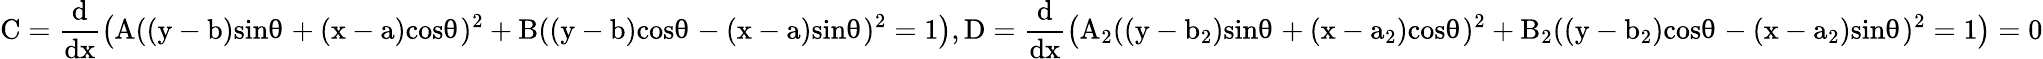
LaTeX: \mathrm{C=\frac{d}{dx}\left(A((y-b)sinθ+(x-a)cosθ)^{2}+B((y-b)cosθ-(x-a)sinθ)^{2}=1\right),D=\frac{d}{dx}\left(A_{2}((y-b_{2})sinθ+(x-a_{2})cosθ)^{2}+B_{2}((y-b_{2})cosθ-(x-a_{2})sinθ)^{2}=1\right)=0}